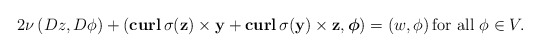
\begin{align*}2\nu\left(D z,D \phi\right)+\left(\mathbf{curl}\, \sigma(\mathbf z)\times \mathbf y+\mathbf{curl}\, \sigma(\mathbf y)\times \mathbf z, \boldsymbol\phi\right)=\left( w, \phi\right) \mbox{for all} \ \phi\in V.\end{align*}